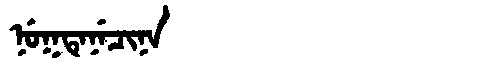
Manchu: ᠨᡠᡴᡨᡝᠨᡝᠴᡳᠨᠠ
Romanization: NUKTENECINA